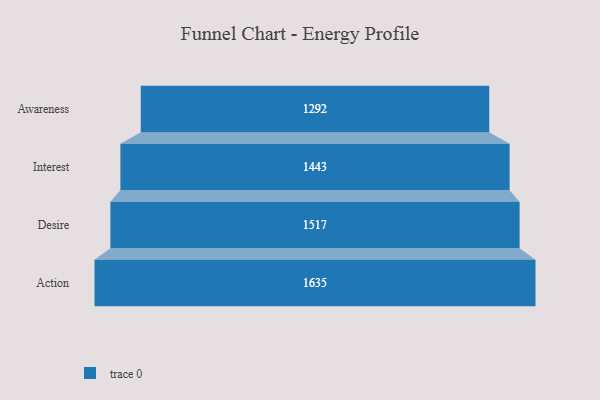
{"axis": {"x": "Stage", "y": "Value"}, "legend": [""], "data": [{"x": "Awareness", "y": 1292.0, "type": ""}, {"x": "Interest", "y": 1443.0, "type": ""}, {"x": "Desire", "y": 1517.0, "type": ""}, {"x": "Action", "y": 1635.0, "type": ""}]}